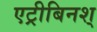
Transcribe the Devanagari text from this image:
एट्रीबिनश्